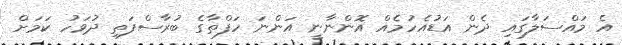
އެ މައްސަލާގައި ދެން އަޑުއެހުމެއް އޮންނާނީ އަންނަ ހަފްތާގެ ބުރާސްފަތި ދުވަހު ކަމަށް